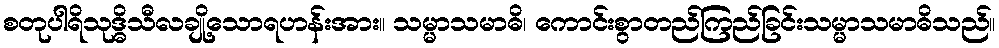
စတုပါရိသုဒ္ဓိသီလချို့သောရဟန်းအား။ သမ္မာသမာဓိ၊ ကောင်းစွာတည်ကြည်ခြင်းသမ္မာသမာဓိသည်။